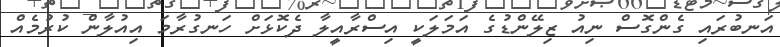
އަނބުރައި ގެންގޮސް ނިއު ޒިލޭންޑުގެ އަމަލަކީ އިސްރާއީލާ ދެކޮޅަށް ހަނގުރާމަ އިއުލާން ކުރުމެއް